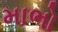
માભો